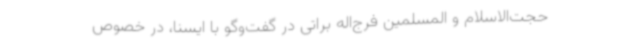
حجت‌الاسلام و المسلمین فرج‌اله براتی در گفت‌وگو با ایسنا، در خصوص